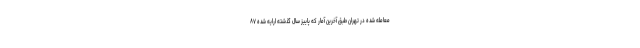
معامله شده در تهران طبق آخرین آمار که پاییز سال گذشته ارایه شده ۸۷